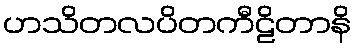
ဟသိတလပိတကီဠိတာနိ